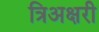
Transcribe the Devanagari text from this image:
त्रिअक्षरी